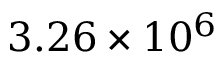
3 . 2 6 \times 1 0 ^ { 6 }